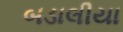
બડાલીયા